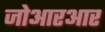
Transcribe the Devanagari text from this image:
जोआरआर